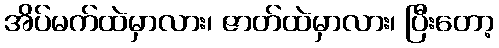
အိပ်မက်ထဲမှာလား၊ ဇာတ်ထဲမှာလား၊ ပြီးတော့